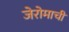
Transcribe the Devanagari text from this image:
जेरोमाची